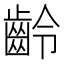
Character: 齡